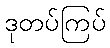
ဒုတပ်ကြပ်